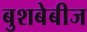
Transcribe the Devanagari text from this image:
बुशबेबीज